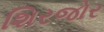
શિરજોર